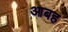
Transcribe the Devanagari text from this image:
आबह